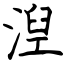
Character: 湼